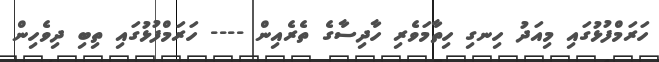
ހަރަމްފުޅުގައި މިއަދު ހިނގި ހިތާމަވެރި ހާދިސާގެ ތެރެއިން ---- ހަރަމްފުޅުގައި ތިބި ދިވެހިން